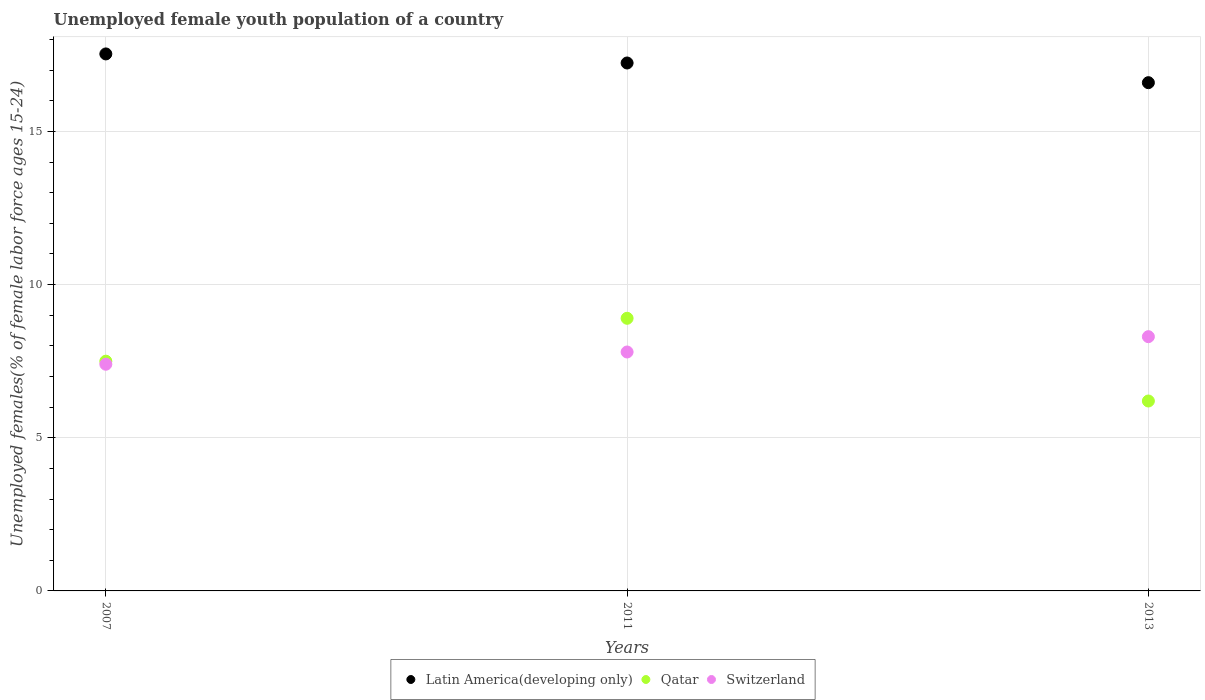
| Years | Latin America(developing only) | Qatar | Switzerland |
 | --- | --- | --- | --- |
 | 2007 | 17.5 | 7.5 | 7.4 |
 | 2011 | 17.2 | 8.9 | 7.8 |
 | 2013 | 16.6 | 6.2 | 8.3 |